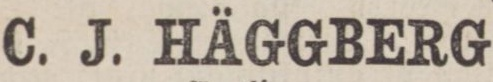
C. J. HÄGGBERG